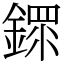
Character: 䤽